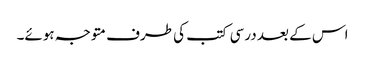
اس کے بعد درسی کتب کی طرف متوجہ ہوئے۔